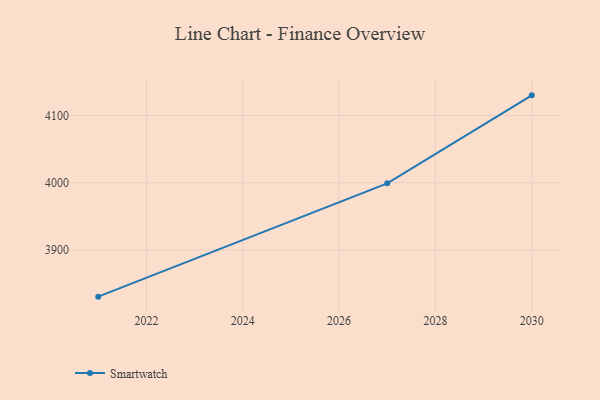
{"axis": {"x": "Year", "y": "Inventory Turnover"}, "legend": ["Smartwatch"], "data": [{"x": "2021", "y": 3830.4, "type": "Smartwatch"}, {"x": "2027", "y": 3999.0, "type": "Smartwatch"}, {"x": "2030", "y": 4129.9, "type": "Smartwatch"}]}